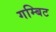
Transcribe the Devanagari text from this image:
गम्बिट